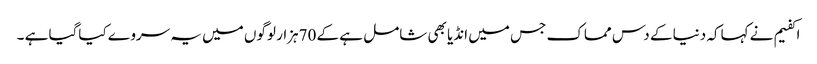
اکفیم نے کہاکہ دنیا کے دس مماک جس میں انڈیا بھی شامل ہے کے 70ہزار لوگوں میں یہ سروے کیاگیا ہے ۔